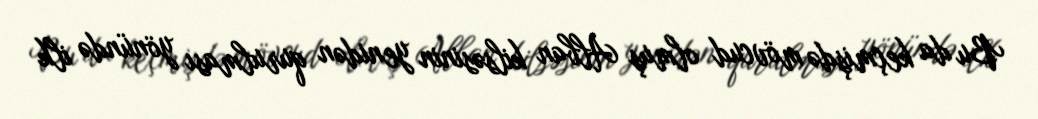
Bu da keçmişdə mövcud olmuş Alban kilsəsinin yenidən qurulması yönündə ilk